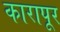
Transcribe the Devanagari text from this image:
कारापूर